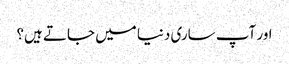
اور آپ ساری دنیا میں جاتے ہیں؟